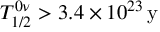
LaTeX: T _ { 1 / 2 } ^ { 0 \nu } > 3 . 4 \times { 1 0 ^ { 2 3 } } \, \mathrm { y }